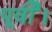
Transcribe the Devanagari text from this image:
पूर्वी।